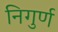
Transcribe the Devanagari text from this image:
निगुर्ण